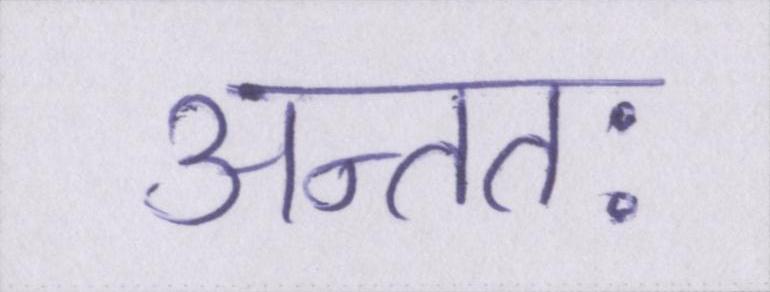
अन्ततः